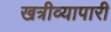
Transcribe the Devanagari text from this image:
खत्रीव्यापारी